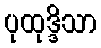
ပုထုဒ္ဒိသာ